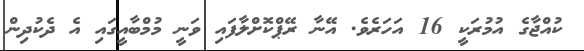
ކުއްޖާގެ އުމުރަކީ 16 އަހަރެވެ. އޭނާ ރޭޕްކޮށްލާފައި ވަނީ މުމްބާއީގައި އެ ދެކުދިން